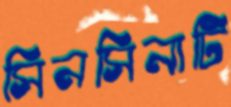
সিনসিনাটি